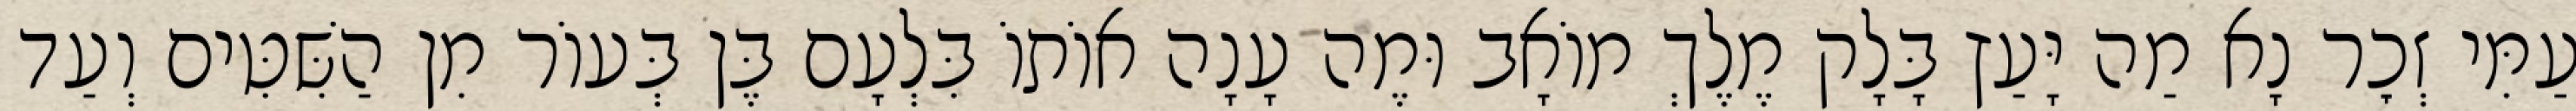
עַמִּי זְכׇר נָא מַה יָּעַץ בָּלָק מֶלֶךְ מוֹאָב וּמֶה עָנָה אוֹתוֹ בִּלְעָם בֶּן בְּעוֹר מִן הַשִּׁטִּים וְעַד